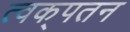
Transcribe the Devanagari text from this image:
त्वक्‌पतन